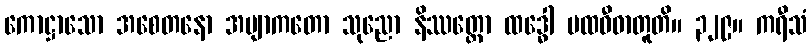
ကောဋ္ဌာသော အစေတနော အဗျာကတော သုညော နိဿတ္တော ထဒ္ဓေါ ပထဝီဓာတူတိ။ ၃၂၉။ ကရီသံ